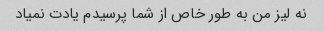
نه لیز من به طور خاص از شما پرسیدم یادت نمیاد